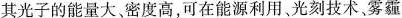
其光子的能量大，密度高，可在能源利用、光刻技术，雾霾